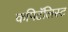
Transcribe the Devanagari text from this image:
कपिटॅलिस्ट